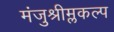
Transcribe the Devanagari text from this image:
मंजुश्रीम्लकल्प